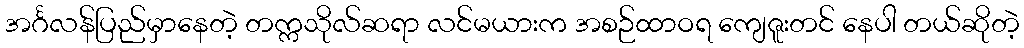
အင်္ဂလန်ပြည်မှာနေတဲ့ တက္ကသိုလ်ဆရာ လင်မယားက အစဉ်ထာဝရ ကျေဇူးတင် နေပါ တယ်ဆိုတဲ့